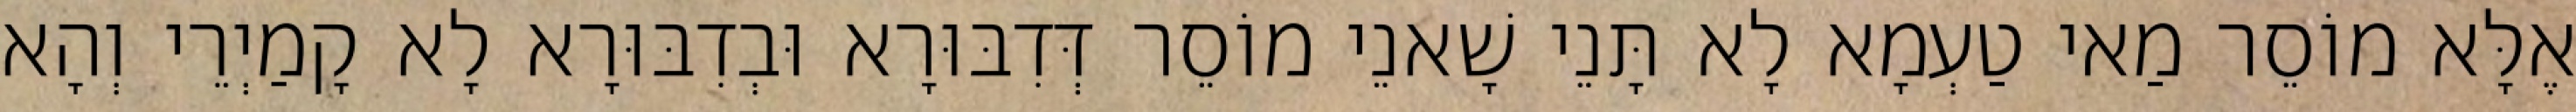
אֶלָּא מוֹסֵר מַאי טַעְמָא לָא תָּנֵי שָׁאנֵי מוֹסֵר דְּדִבּוּרָא וּבְדִבּוּרָא לָא קָמַיְרֵי וְהָא